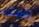
راسك